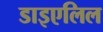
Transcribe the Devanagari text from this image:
डाइएलिल